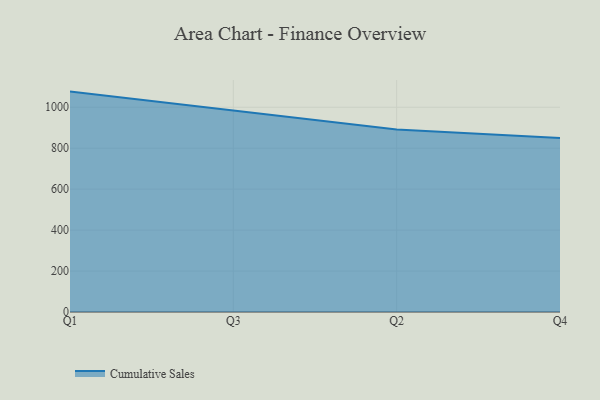
{"axis": {"x": "Quarter", "y": "Tickets Resolved"}, "legend": ["Cumulative Sales"], "data": [{"x": "Q1", "y": 1076.6, "type": "Cumulative Sales"}, {"x": "Q3", "y": 984.7, "type": "Cumulative Sales"}, {"x": "Q2", "y": 891.5, "type": "Cumulative Sales"}, {"x": "Q4", "y": 849.8, "type": "Cumulative Sales"}]}